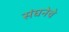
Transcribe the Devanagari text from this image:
संघनेचे